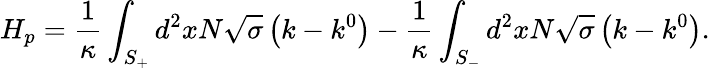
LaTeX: H_{p}=\frac{1}{\kappa}\int_{S_{+}}^{{}}d^{2}xN\sqrt{\sigma}\left(k-k^{0}\right)-\frac{1}{\kappa}\int_{S_{-}}d^{2}xN\sqrt{\sigma}\left(k-k^{0}\right).